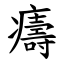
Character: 㿒